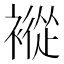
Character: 䙕